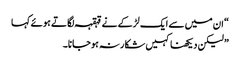
“ ان میں سے ایک لڑکے نے قہقہہ لگاتے ہوئے کہا
” لیکن دیکھنا کہیں شکار نہ ہوجانا۔